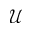
\mathcal { U }